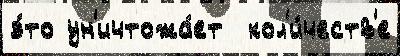
э́то ун'ичтожа́ет  кол'и́честв'е